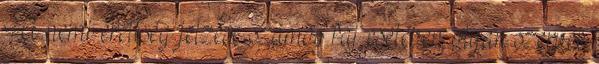
A nemi érettség jelzése számos faj esetében olyan szervek